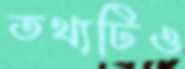
তথ্যটিও